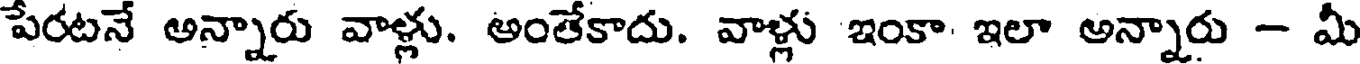
పేరటనే అన్నారు వాళ్లు. అంతేకాదు. వాళ్లు ఇంకా ఇలా అన్నారు - మీ